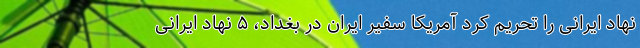
نهاد ایرانی را تحریم کرد آمریکا سفیر ایران در بغداد، ۵ نهاد ایرانی